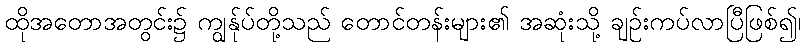
ထိုအတောအတွင်း၌ ကျွန်ုပ်တို့သည် တောင်တန်းများ၏ အဆုံးသို့ ချဉ်းကပ်လာပြီဖြစ်၍၊